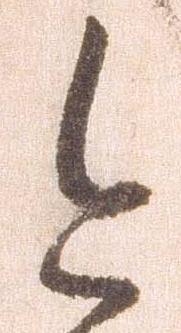
今